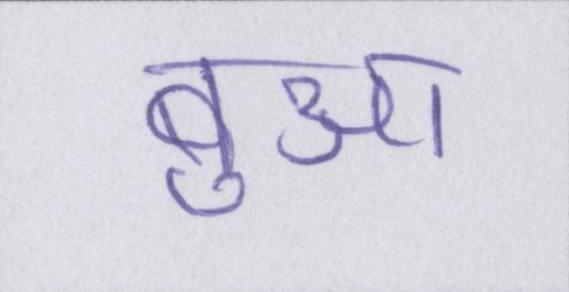
बुआ